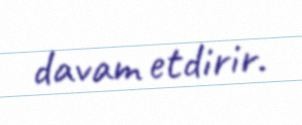
davam etdirir.